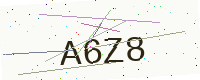
Text: A6Z8